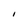
Character: I